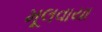
મૂલવાયા